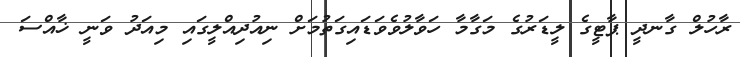
ރާހުލް ގާނދީ ޕާޓީގެ ލީޑަރުގެ މަގާމާ ހަވާލުވެވަޑައިގަތުމަށް ނިއުދިއްލީގައި މިއަދު ވަނީ ޚާއްސަ